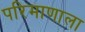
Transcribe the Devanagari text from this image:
परिमाणाला